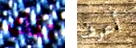
تلك أعرف